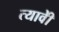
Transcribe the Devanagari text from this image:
त्यावेी